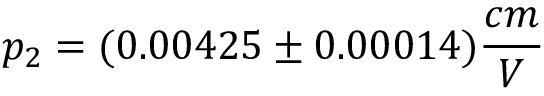
p _ { 2 } = ( 0 . 0 0 4 2 5 \pm 0 . 0 0 0 1 4 ) \frac { c m } { V }